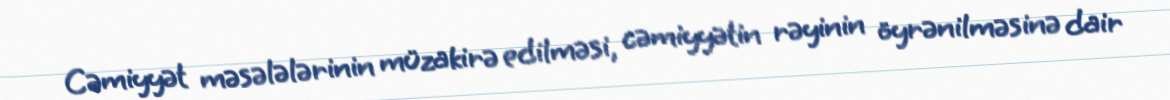
Cəmiyyət məsələlərinin müzakirə edilməsi, cəmiyyətin rəyinin öyrənilməsinə dair